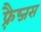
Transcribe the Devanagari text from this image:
फ़्रैब्जस